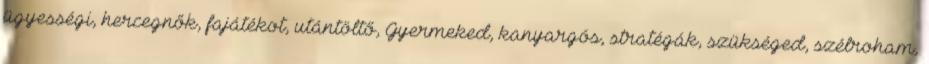
ügyességi, hercegnők, fajátékot, utántöltő, Gyermeked, kanyargós, stratégák, szükséged, szélroham,